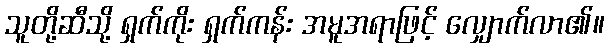
သူတို့ဆီသို့ ရှက်ကိုး ရှက်ကန်း အမူအရာဖြင့် လျှောက်လာ၏။